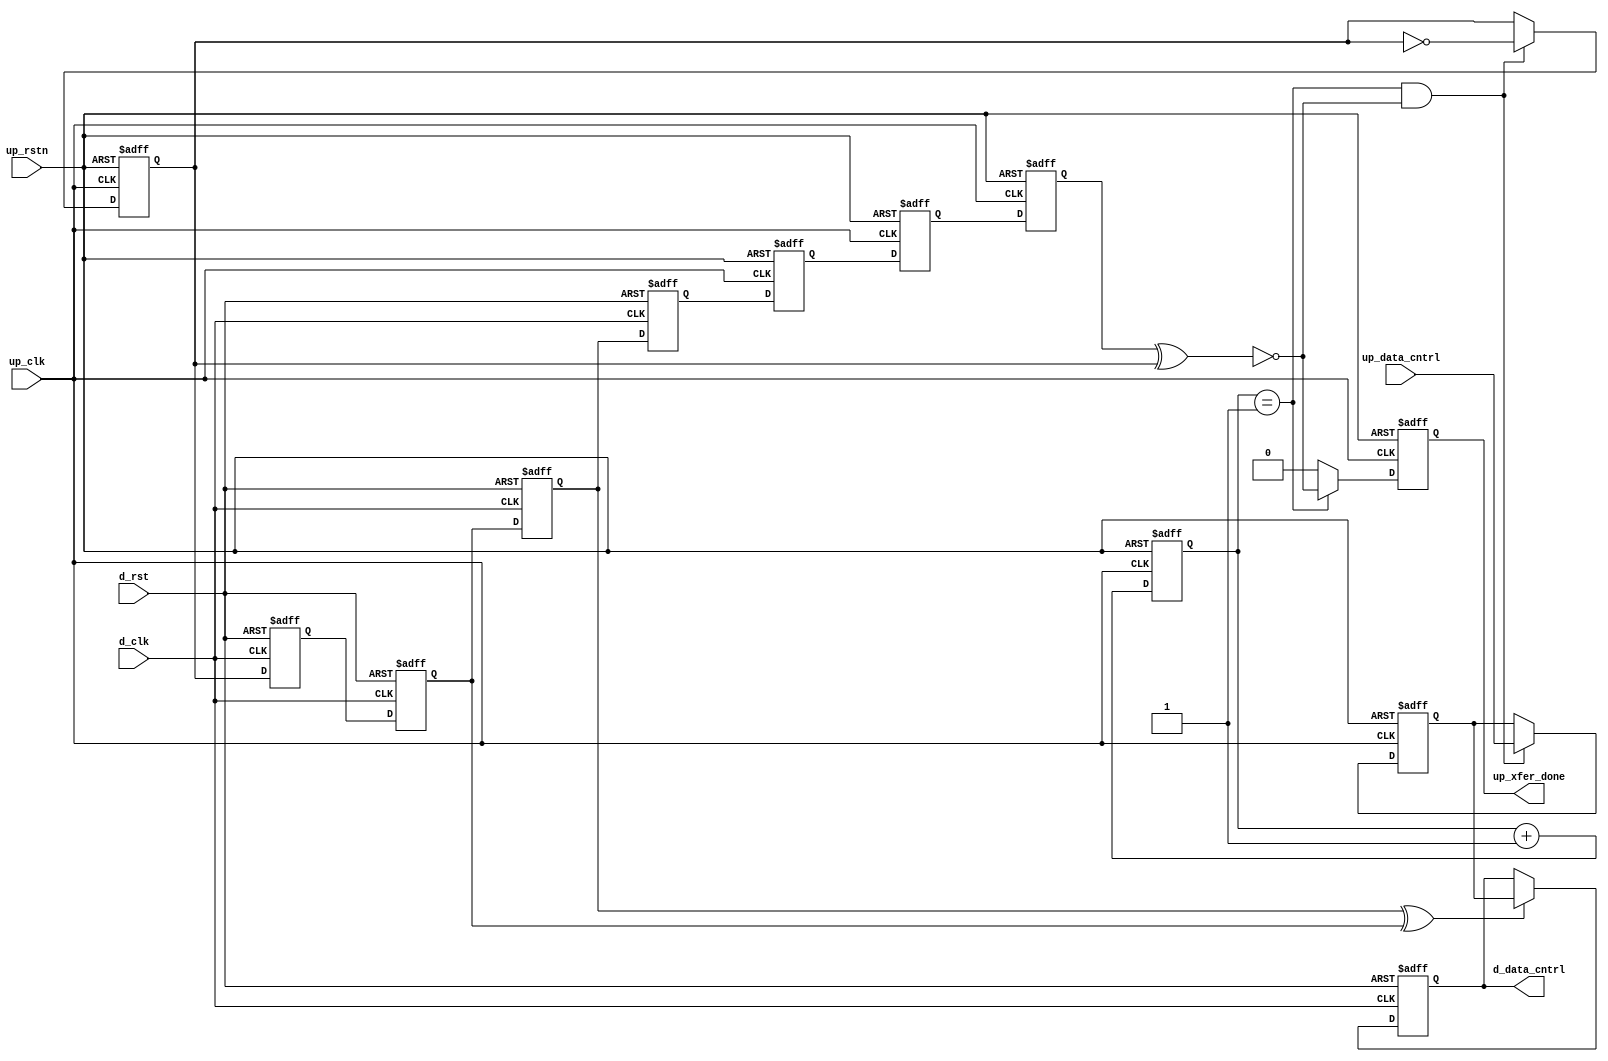
module up_xfer_cntrl (

  // up interface

  up_rstn,
  up_clk,
  up_data_cntrl,
  up_xfer_done,

  // device interface

  d_rst,
  d_clk,
  d_data_cntrl);

  // parameters

  parameter     DATA_WIDTH = 8;
  localparam    DW = DATA_WIDTH - 1;

  // up interface

  input           up_rstn;
  input           up_clk;
  input   [DW:0]  up_data_cntrl;
  output          up_xfer_done;

  // device interface

  input           d_rst;
  input           d_clk;
  output  [DW:0]  d_data_cntrl;

  // internal registers

  reg             up_xfer_state_m1 = 'd0;
  reg             up_xfer_state_m2 = 'd0;
  reg             up_xfer_state = 'd0;
  reg     [ 5:0]  up_xfer_count = 'd0;
  reg             up_xfer_done = 'd0;
  reg             up_xfer_toggle = 'd0;
  reg     [DW:0]  up_xfer_data = 'd0;
  reg             d_xfer_toggle_m1 = 'd0;
  reg             d_xfer_toggle_m2 = 'd0;
  reg             d_xfer_toggle_m3 = 'd0;
  reg             d_xfer_toggle = 'd0;
  reg     [DW:0]  d_data_cntrl = 'd0;

  // internal signals

  wire            up_xfer_enable_s;
  wire            d_xfer_toggle_s;

  // device control transfer

  assign up_xfer_enable_s = up_xfer_state ^ up_xfer_toggle;

  always @(negedge up_rstn or posedge up_clk) begin
    if (up_rstn == 1'b0) begin
      up_xfer_state_m1 <= 'd0;
      up_xfer_state_m2 <= 'd0;
      up_xfer_state <= 'd0;
      up_xfer_count <= 'd0;
      up_xfer_done <= 'd0;
      up_xfer_toggle <= 'd0;
      up_xfer_data <= 'd0;
    end else begin
      up_xfer_state_m1 <= d_xfer_toggle;
      up_xfer_state_m2 <= up_xfer_state_m1;
      up_xfer_state <= up_xfer_state_m2;
      up_xfer_count <= up_xfer_count + 1'd1;
      up_xfer_done <= (up_xfer_count == 6'd1) ? ~up_xfer_enable_s : 1'b0;
      if ((up_xfer_count == 6'd1) && (up_xfer_enable_s == 1'b0)) begin
        up_xfer_toggle <= ~up_xfer_toggle;
        up_xfer_data <= up_data_cntrl;
      end
    end
  end

  assign d_xfer_toggle_s = d_xfer_toggle_m3 ^ d_xfer_toggle_m2;

  always @(posedge d_clk or posedge d_rst) begin
    if (d_rst == 1'b1) begin
      d_xfer_toggle_m1 <= 'd0;
      d_xfer_toggle_m2 <= 'd0;
      d_xfer_toggle_m3 <= 'd0;
      d_xfer_toggle <= 'd0;
      d_data_cntrl <= 'd0;
    end else begin
      d_xfer_toggle_m1 <= up_xfer_toggle;
      d_xfer_toggle_m2 <= d_xfer_toggle_m1;
      d_xfer_toggle_m3 <= d_xfer_toggle_m2;
      d_xfer_toggle <= d_xfer_toggle_m3;
      if (d_xfer_toggle_s == 1'b1) begin
        d_data_cntrl <= up_xfer_data;
      end
    end
  end

endmodule